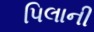
પિલાની